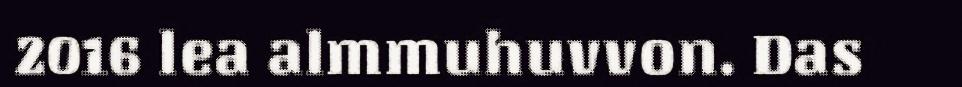
2016 lea almmuhuvvon. Das